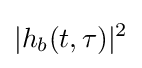
|h_{b}(t,\tau )|^{2}